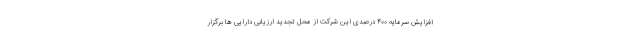
افزایش سرمایه ۴۰۰ درصدی این شرکت از محل تجدید ارزیابی دارایی ها برگزار